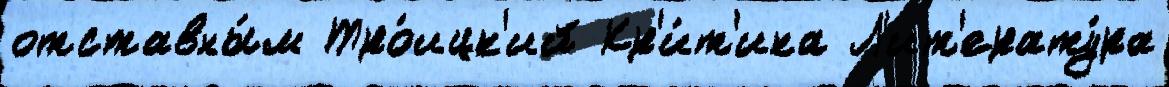
отставны́м Тро́ицк'ий Кр'и́т'ика Л'ит'ерату́ра